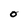
Character: O